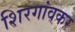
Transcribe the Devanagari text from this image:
शिरगांवकर